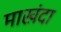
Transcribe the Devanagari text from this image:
माखंदा